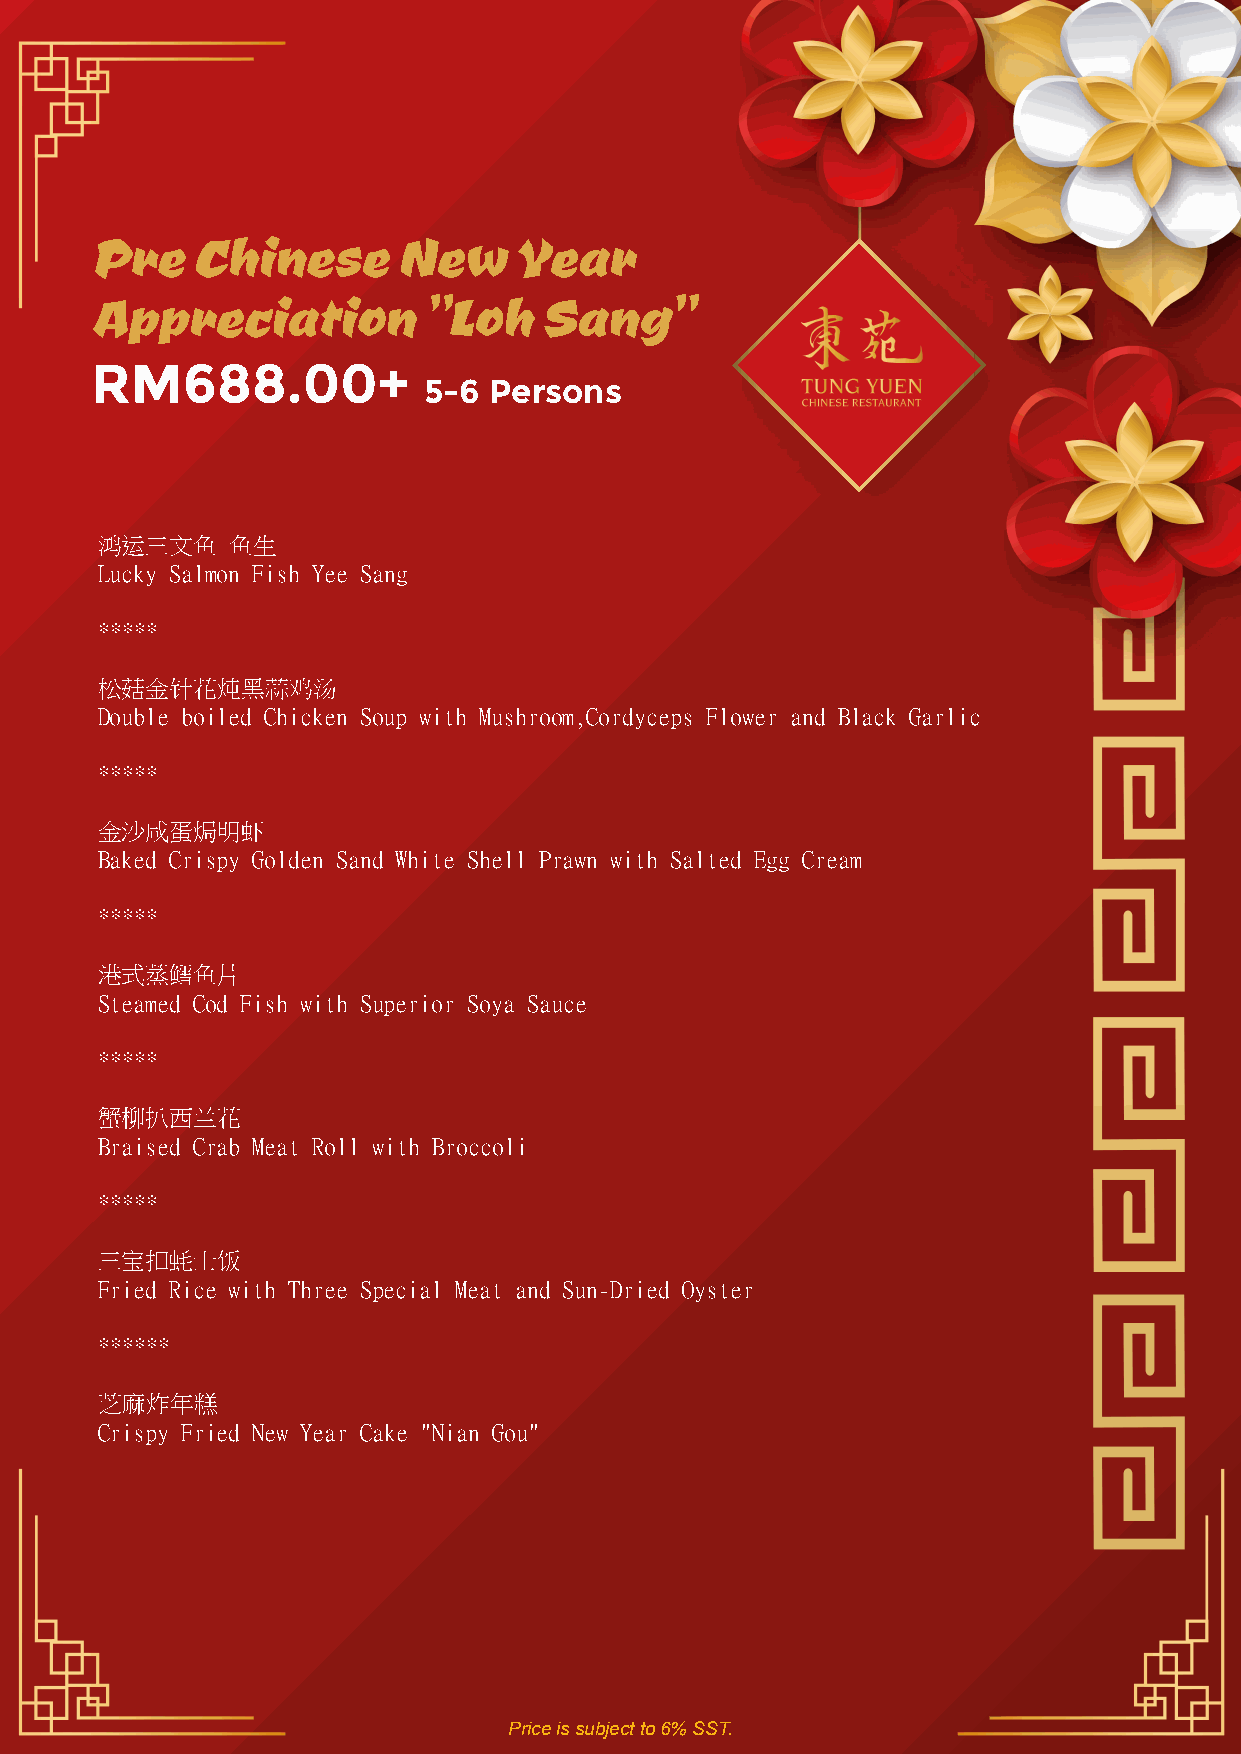
Pre    Chinese      New     Year
 Appreciation          "Loh    Sang"
 RM688.00+
 5-6 Persons
 鸿运三文鱼    鱼生
 Lucky Salmon Fish Yee Sang
 *****
 松菇金针花炖黑蒜鸡汤
 Double boiled Chicken Soup with Mushroom,Cordyceps Flower and Black Garlic
 *****
 金沙咸蛋焗明虾
 Baked Crispy Golden Sand White Shell Prawn with Salted Egg Cream
 *****
 港式蒸鳕鱼片
 Steamed Cod Fish with Superior Soya Sauce
 *****
 蟹柳扒西兰花
 Braised Crab Meat Roll with Broccoli
 *****
 三宝扣蚝士饭
 Fried Rice with Three Special Meat and Sun-Dried Oyster
 ******
 芝麻炸年糕
 Crispy Fried New Year Cake "Nian Gou"
 Price is subject to 6% SST.